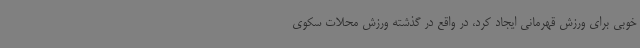
خوبی برای ورزش قهرمانی ایجاد کرد، در واقع در گذشته ورزش محلات سکوی